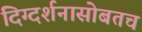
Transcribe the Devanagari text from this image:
दिग्दर्शनासोबतच